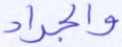
والجراد